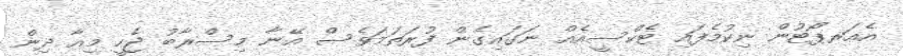
އެއަރޕޯޓުން ނިކުމެފައި ޓެކްސީއެއް ނަގައިގެން ފުރަތަމަވެސް އޭނާ މިސްރާބު ޖެހީ މިއާ ދިން